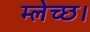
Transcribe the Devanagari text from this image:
म्लेच्छ।